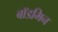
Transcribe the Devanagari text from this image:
बॉडमिन